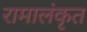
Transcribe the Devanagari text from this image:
रामालंकृत